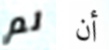
لم أن